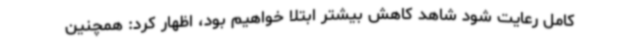
کامل رعایت شود شاهد کاهش بیشتر ابتلا خواهیم بود، اظهار کرد: همچنین